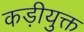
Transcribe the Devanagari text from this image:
कड़ीयुक्त